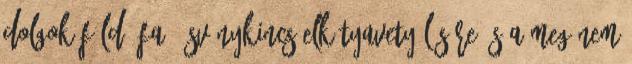
dolgok föld, fa, ásványkincs elkótyavetyélésére, s a meg nem